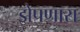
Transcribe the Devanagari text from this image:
झेपणारा